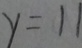
y = 1 1